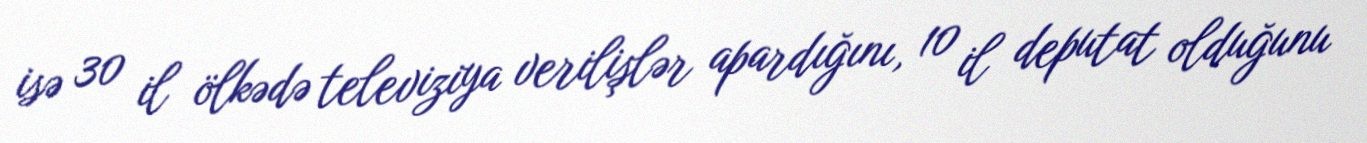
isə 30 il ölkədə televiziya verilişlər apardığını, 10 il deputat olduğunu